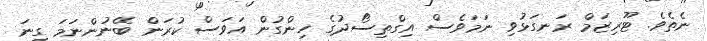
ނެތެވެ. ޓޫރިޒަމް ރަނގަޅުވި ނަމަވެސް އިގްތިސޯދުގެ ހިންގުން އަވަސް ކުރަން ބޭނުންނަމަ ގިނަ